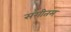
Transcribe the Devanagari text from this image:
संगीतम